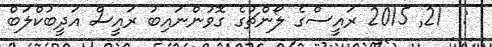
:  21